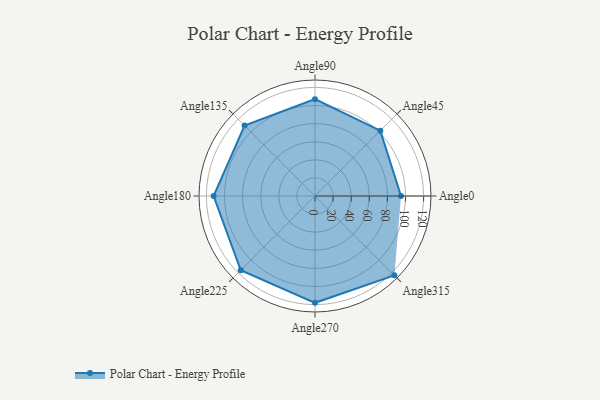
{"axis": {"x": "Angle", "y": "Radius"}, "legend": [""], "data": [{"x": "Angle0", "y": 95.0, "type": ""}, {"x": "Angle45", "y": 102.0, "type": ""}, {"x": "Angle90", "y": 107.0, "type": ""}, {"x": "Angle135", "y": 110.0, "type": ""}, {"x": "Angle180", "y": 112.0, "type": ""}, {"x": "Angle225", "y": 116.0, "type": ""}, {"x": "Angle270", "y": 118.0, "type": ""}, {"x": "Angle315", "y": 124.0, "type": ""}]}